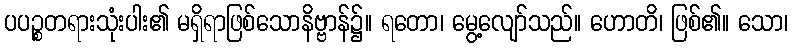
ပပဉ္စတရားသုံးပါး၏ မရှိရာဖြစ်သောနိဗ္ဗာန်၌။ ရတော၊ မွေ့လျော်သည်။ ဟောတိ၊ ဖြစ်၏။ သော၊